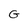
Character: G